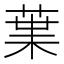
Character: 𮏩